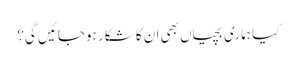
کیا ہماری بچیاں بھی ان کا شکار ہوجائیں گی؟